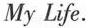
My Life.